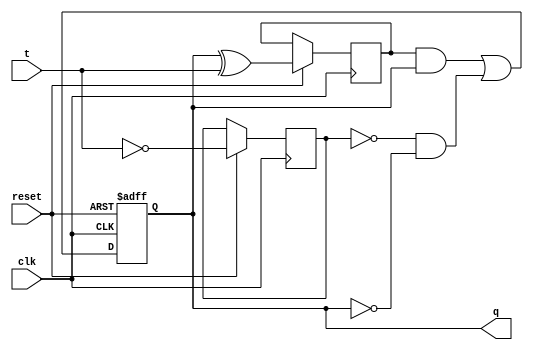
`timescale 1ns / 1ps
//////////////////////////////////////////////////////////////////////////////////
// Company: 
// Engineer: 
// 
// Design Name: 
// Module Name: Tusingjkflipflop
// Project Name: 
// Target Devices: 
// Tool Versions: 
// Description: 
// 
// Dependencies: 
// 
// Revision:
// Revision 0.01 - File Created
// Additional Comments:
// 
//////////////////////////////////////////////////////////////////////////////////

module t_using_jk_flipflop(
    output reg q,
    input clk,
    input reset,
    input t
);
reg j, k;
always @(posedge clk or negedge reset) begin
    if (!reset) 
        q <= 1'b0;
    else
     begin
        j <= q ^ t;
        k <= ~t;
        q <= j & q | ~k & ~q;
    end
end

endmodule